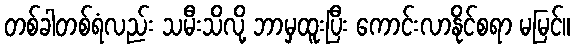
တစ်ခါတစ်ရံလည်း သမီးသိလို့ ဘာမှထူးပြီး ကောင်းလာနိုင်စရာ မမြင်။